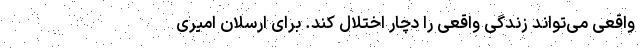
واقعی می‌تواند زندگی واقعی را دچار اختلال کند. برای ارسلان امیری